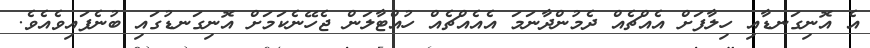
އެ އޮނިގަނޑާއި ހިލާފަށް އެއްޗެއް ދެމުންދާނަމަ އެއެއްޗެއް ހުއްޓާލަން ޖެހޭނެކަމަށް އޮނިގަނޑުގައި ބުނެފައިވެއެވެ.